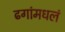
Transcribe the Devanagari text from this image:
ढगांमधलं